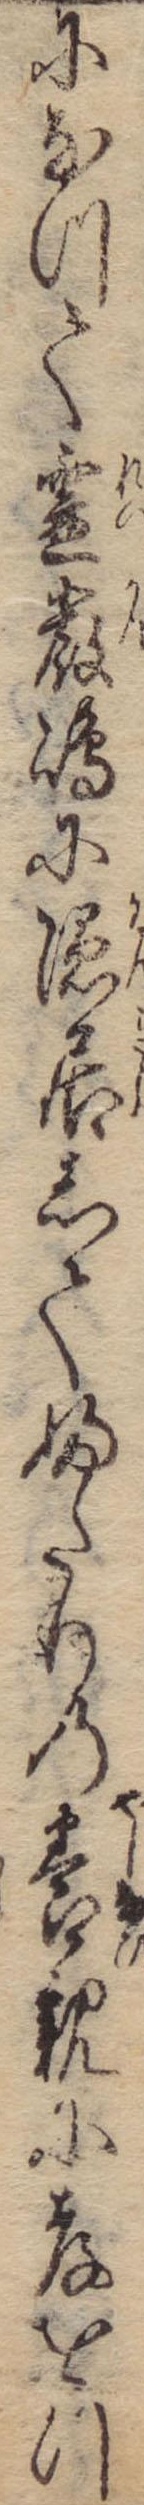
になつて霊巌島に隠居してふたりの養親に孝をつ